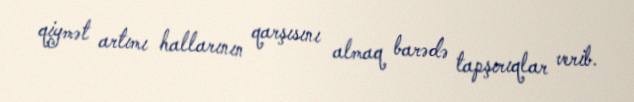
qiymət artımı hallarının qarşısını almaq barədə tapşırıqlar verib.